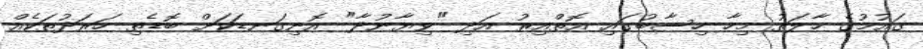
ގައުމުގެ ހާލަތު މިހާ ހިސާބުގައި އޮތްއިރު އަދި "ވިޔާނުދާ" އޮނިގަނޑަކަށް ބޮޑެތި ހަރަދުތަކެއް